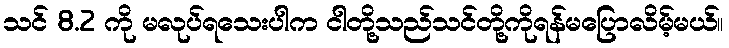
သင် 8.2 ကို မလုပ်ရသေးပါက ငါတို့သည်သင်တို့ကိုရန်မပြောလိမ့်မယ်။